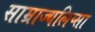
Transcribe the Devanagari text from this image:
साम्राज्यलिप्सा